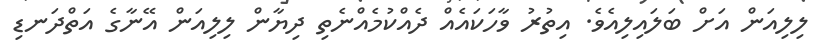
ލިލިއަން އަށް ބަލައިލިއެވެ. އިތުރު ވާހަކައެއް ދެއްކުމެއްނެތި ދިޔާން ލިލިއަން އޭނާގެ އަތްދަނޑި